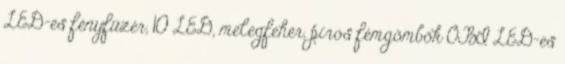
LED-es fényfüzér, 10 LED, melegfehér, piros fémgömbök OBI LED-es